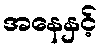
အနေနှင့်